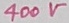
Text: 400V